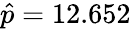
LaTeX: \hat{p}=12.652